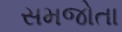
સમજોતા